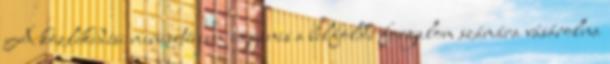
A közlekedési minisztérium ugyanis a belföldi forgalom számára vásárolna